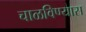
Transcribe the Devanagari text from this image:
चाळविण्यास